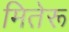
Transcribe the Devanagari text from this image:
मितेरू